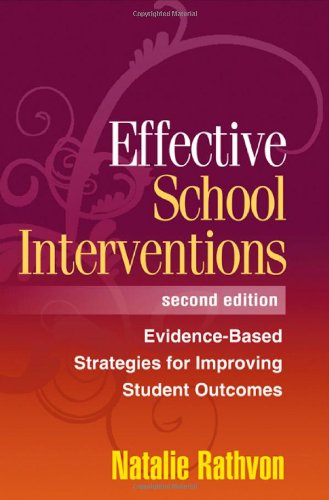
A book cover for Effective School Interventions, Second Edition: Evidence-Based Strategies for Improving Student Outcomes; Natalie Rathvon; Medical Books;